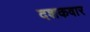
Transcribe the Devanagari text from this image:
दशकवार